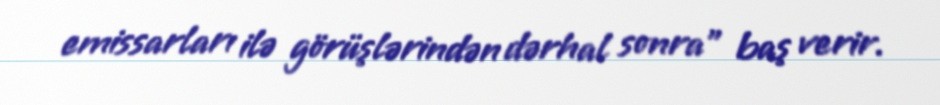
emissarları ilə görüşlərindən dərhal sonra” baş verir.